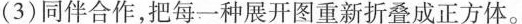
3)同伴合作，把每一种展开图重新折叠成正方体。